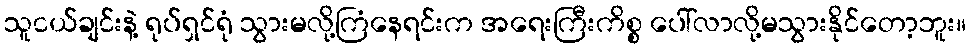
သူငယ်ချင်းနဲ့ ရုပ်ရှင်ရုံ သွားမလို့ကြံနေရင်းက အရေးကြီးကိစ္စ ပေါ်လာလို့မသွားနိုင်တော့ဘူး။